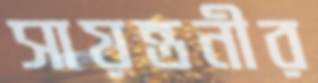
সায়ন্তনীর